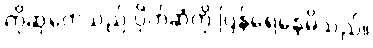
ကိုဆုကေသည် ပိုက်ဆံကို ပြန်ရေနေမိသည်။